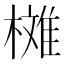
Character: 𣚳